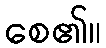
စေ၏။